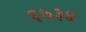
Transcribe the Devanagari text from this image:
६७३४